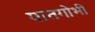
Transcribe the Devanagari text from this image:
पातगोभी